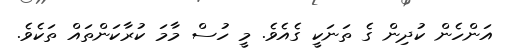
އަންހެން ކުދިން ގެ ތަނަކީ ގެއެވެ. މީ ހުސް މާމަ ކުރާކަންތައް ތަކެވެ.